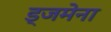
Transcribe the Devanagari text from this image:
ड्जमेना